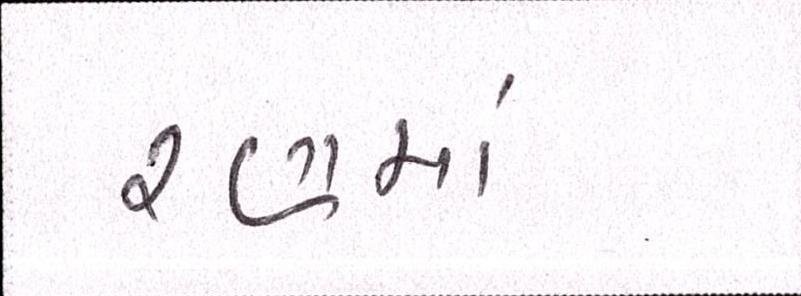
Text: રણમાં